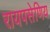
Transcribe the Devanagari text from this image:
रायपसेणिय